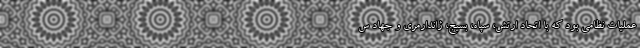
عملیات نظامی بود که با اتحاد ارتش، سپاه، بسیج، ژاندارمری و جهاد س